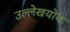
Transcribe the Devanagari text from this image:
उल्लेखयोय